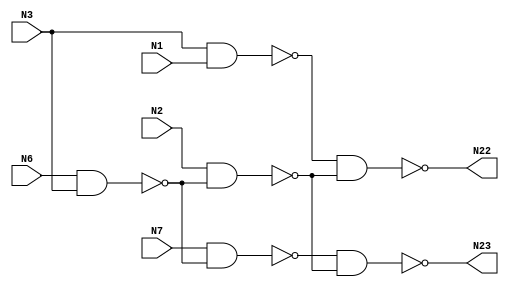

// Generated by Cadence Genus(TM) Synthesis Solution 16.22-s033_1
// Generated on: May  5 2020 09:31:03 EDT (May  5 2020 13:31:03 UTC)

// Verification Directory fv/c17 

module c17(N1, N2, N3, N6, N7, N22, N23);
  input N1, N2, N3, N6, N7;
  output N22, N23;
  wire N1, N2, N3, N6, N7;
  wire N22, N23;
  wire n_0, n_1, n_2, n_3;
  nand g44__7837 (N22, n_0, n_3);
  nand g45__7557 (N23, n_2, n_3);
  nand g46__7654 (n_3, N2, n_1);
  nand g47__8867 (n_2, N7, n_1);
  nand g48__1377 (n_0, N3, N1);
  nand g49__3717 (n_1, N6, N3);
endmodule